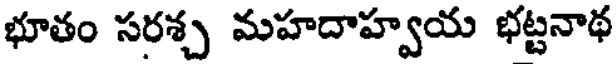
భూతం సరశ్చ మహదాహ్వయ భట్టనాథ